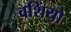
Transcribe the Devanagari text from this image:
वशिंयो